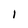
Character: l